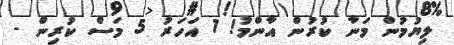
ލިޔުމުން މަނާ ކުރުން އާންމު! 1 އަހަރު 5 މަސް ކުރިން -